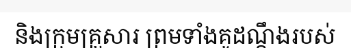
និងក្រុមគ្រួសារ ព្រមទាំងគូដណ្តឹងរបស់